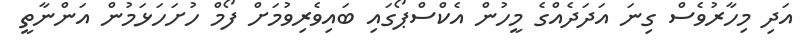
އަދި މިހާރުވެސް ގިނަ އަދަދެއްގެ މީހުން އެކްސްޕޯގައި ބައިވެރިވުމަށް ފޯމް ހުށަހަޅަމުން އަންނާތީ